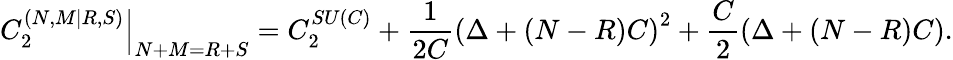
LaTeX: \left.C_{2}^{\left(N,M|R,S\right)}\right\vert_{N+M=R+S}=C_{2}^{SU\left(C\right)}+\frac{1}{2C}\left(\Delta+\left(N-R\right)C\right)^{2}+\frac{C}{2}\left(\Delta+\left(N-R\right)C\right).